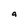
Character: a